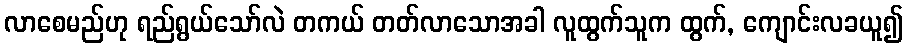
လာစေမည်ဟု ရည်ရွယ်သော်လဲ တကယ် တတ်လာသောအခါ လူထွက်သူက ထွက်, ကျောင်းလခယူ၍